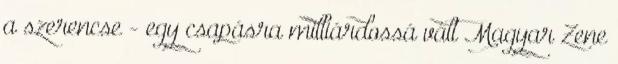
a szerencse - egy csapásra milliárdossá vált Magyar Zene